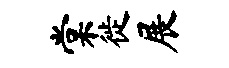
棠徙展